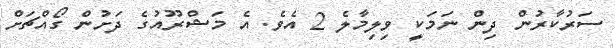
ސަރުކާރުން ދިން ނަމަކީ ވިލިމާލެ 2 އެވެ. އެ މަޝްރޫއުގެ ދަށުން ގޯއްޗަށް